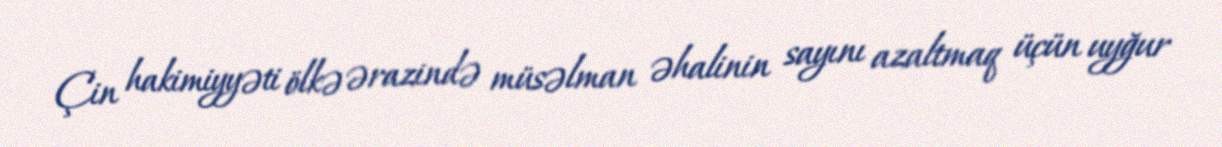
Çin hakimiyyəti ölkə ərazində müsəlman əhalinin sayını azaltmaq üçün uyğur